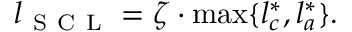
l _ { \mathrm { ~ S ~ C ~ L ~ } } = \zeta \cdot \operatorname* { m a x } \{ l _ { c } ^ { * } , l _ { a } ^ { * } \} .